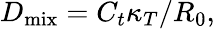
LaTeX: D_{\mathrm{mix}}=C_{t}\kappa_{T}/R_{0},